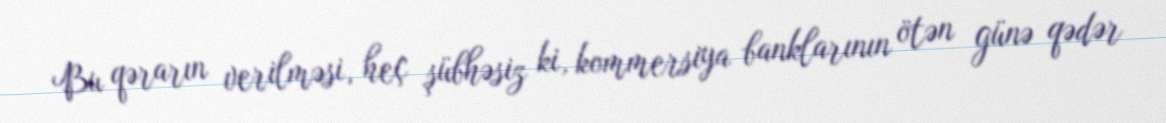
Bu qərarın verilməsi, heç şübhəsiz ki, kommersiya banklarının ötən günə qədər